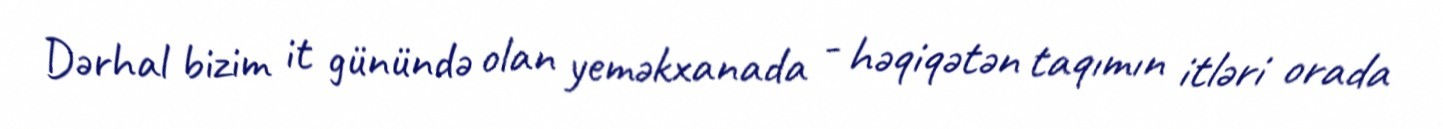
Dərhal bizim it günündə olan yeməkxanada - həqiqətən taqımın itləri orada